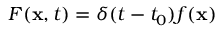
F ( \mathbf { x } , t ) = \delta ( t - t _ { 0 } ) f ( \mathbf { x } )